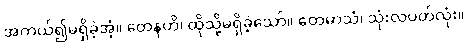
အကယ်၍မရှိခဲ့အံ့။ တေနဟိ၊ ထိုသို့မရှိခဲ့သော်။ တေမာသံ၊ သုံးလပတ်လုံး။